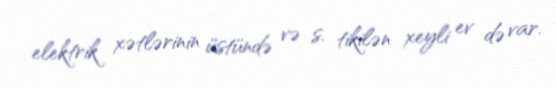
elektrik xətlərinin üstündə və s. tikilən xeyli ev də var.